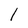
Character: I